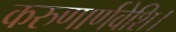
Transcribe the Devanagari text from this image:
करुणार्णवेशि।